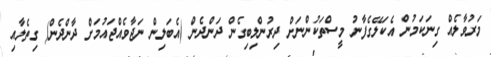
މަރުވާލެއް ގިނަކަމުން އެކަލޭގެފާނު މީސްތަކުންނަށް ދިރުންލިބިގެން ދަންދެން (އެބަލިން ނަޖާވެއްޖައުމަށް ދާންދެން) ގިތެލާއި